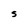
Character: S